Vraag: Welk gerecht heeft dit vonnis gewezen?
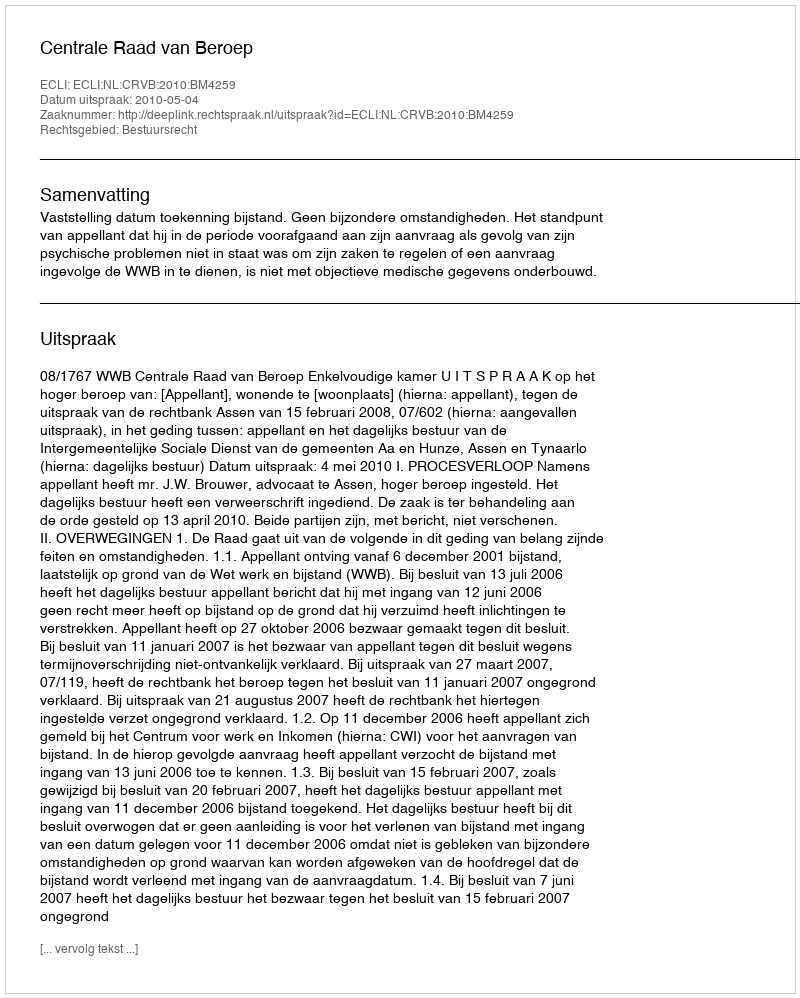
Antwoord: Centrale Raad van Beroep